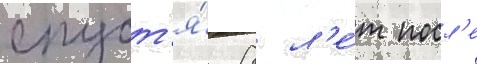
спуст'я́ 8 л'е́т посл'е